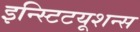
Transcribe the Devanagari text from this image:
इन्स्टिटयूशन्स